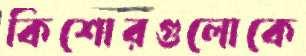
কিশোরগুলোকে